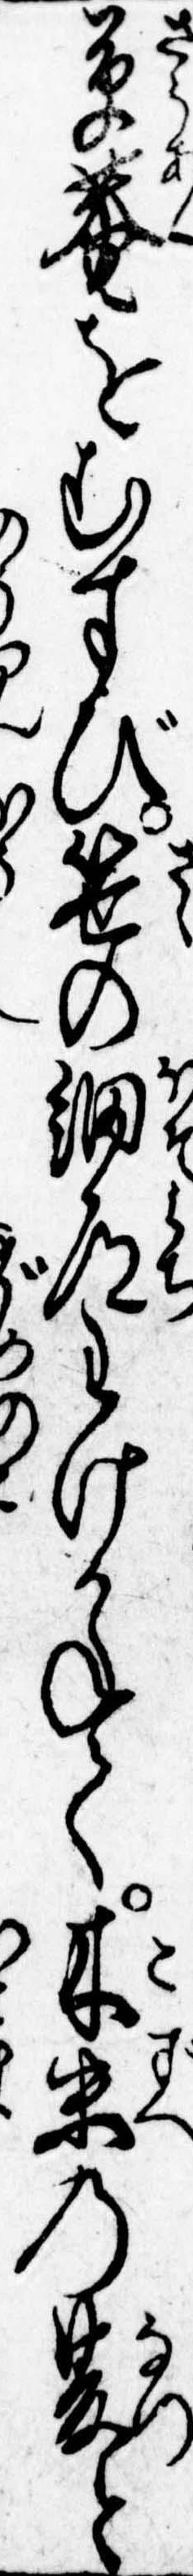
草庵をむすび笹の細道わけかねて木末の夏と